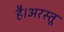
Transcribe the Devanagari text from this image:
है।अरस्तू